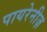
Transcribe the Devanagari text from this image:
पायरेनीज़